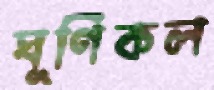
ঘূর্ণিকল